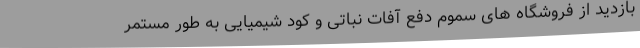
بازدید از فروشگاه های سموم دفع آفات نباتی و کود شیمیایی به طور مستمر